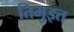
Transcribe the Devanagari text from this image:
तिमुइत